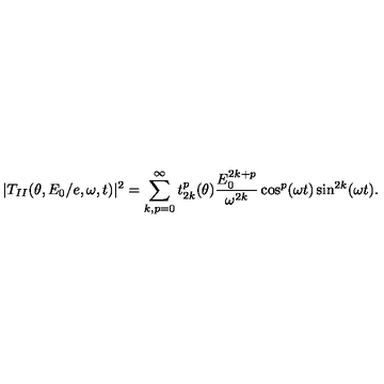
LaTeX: | T _ { I I } ( \theta , E _ { 0 } / e , \omega , t ) | ^ { 2 } = \sum _ { k , p = 0 } ^ { \infty } t _ { 2 k } ^ { p } ( \theta ) \frac { E _ { 0 } ^ { 2 k + p } } { \omega ^ { 2 k } } \cos ^ { p } ( \omega t ) \sin ^ { 2 k } ( \omega t ) .